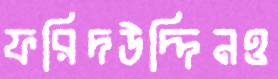
ফরিদউদ্দিনও